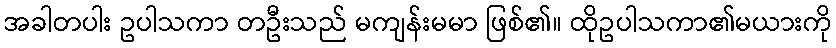
အခါတပါး ဥပါသကာ တဦးသည် မကျန်းမမာ ဖြစ်၏။ ထိုဥပါသကာ၏မယားကို